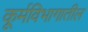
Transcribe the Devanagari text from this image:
कूर्मविभागातील